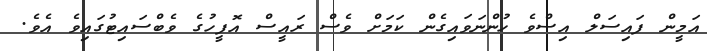
އަމީން ފައިސަލް އިސްވެ ހުންނަވައިގެން ކަމަށް ވެސް ރައީސް އޮފީހުގެ ވެބްސައިޓުގައިވެ އެވެ.